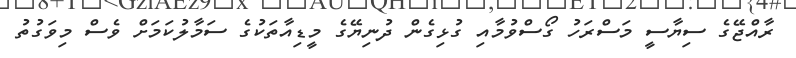
ރާއްޖޭގެ ސިޔާސީ މަސްރަހު ގޯސްވުމާއި ގުޅިގެން ދުނިޔޭގެ މީޑިއާތަކުގެ ސަމާލުކަމަށް ވެސް މިވަގުތު